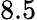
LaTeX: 8.5